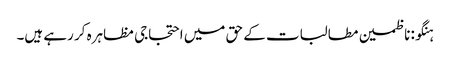
ہنگو: ناظمین مطالبات کے حق میں احتجاجی مظاہرہ کر رہے ہیں۔